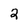
Character: 2